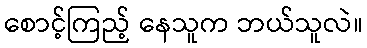
စောင့်ကြည့် နေသူက ဘယ်သူလဲ။